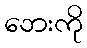
ဘေးကို